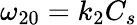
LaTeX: \omega_{20}=k_{2}C_{s}